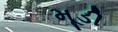
મૂડી